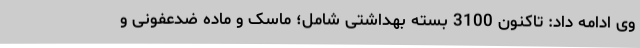
وی ادامه داد: تاکنون 3100 بسته بهداشتی شامل؛ ماسک و ماده ضدعفونی و